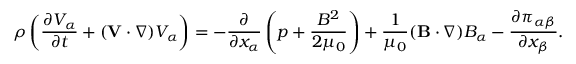
\rho \left( \frac { \partial V _ { \alpha } } { \partial t } + ( \mathbf { V } \cdot \nabla ) V _ { \alpha } \right) = - \frac { \partial } { \partial x _ { \alpha } } \left( p + \frac { B ^ { 2 } } { 2 \mu _ { 0 } } \right) + \frac { 1 } { \mu _ { 0 } } ( \mathbf { B } \cdot \nabla ) B _ { \alpha } - \frac { \partial \pi _ { \alpha \beta } } { \partial x _ { \beta } } .